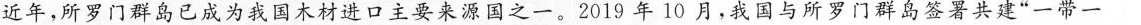
近年，所罗门群岛已成为我国木材进口主要来源国之一。2019年10月，我国与所罗门群岛签署共建“一带一